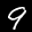
Label: 9